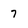
Character: 7